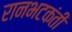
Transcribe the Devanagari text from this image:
रानभटकंती